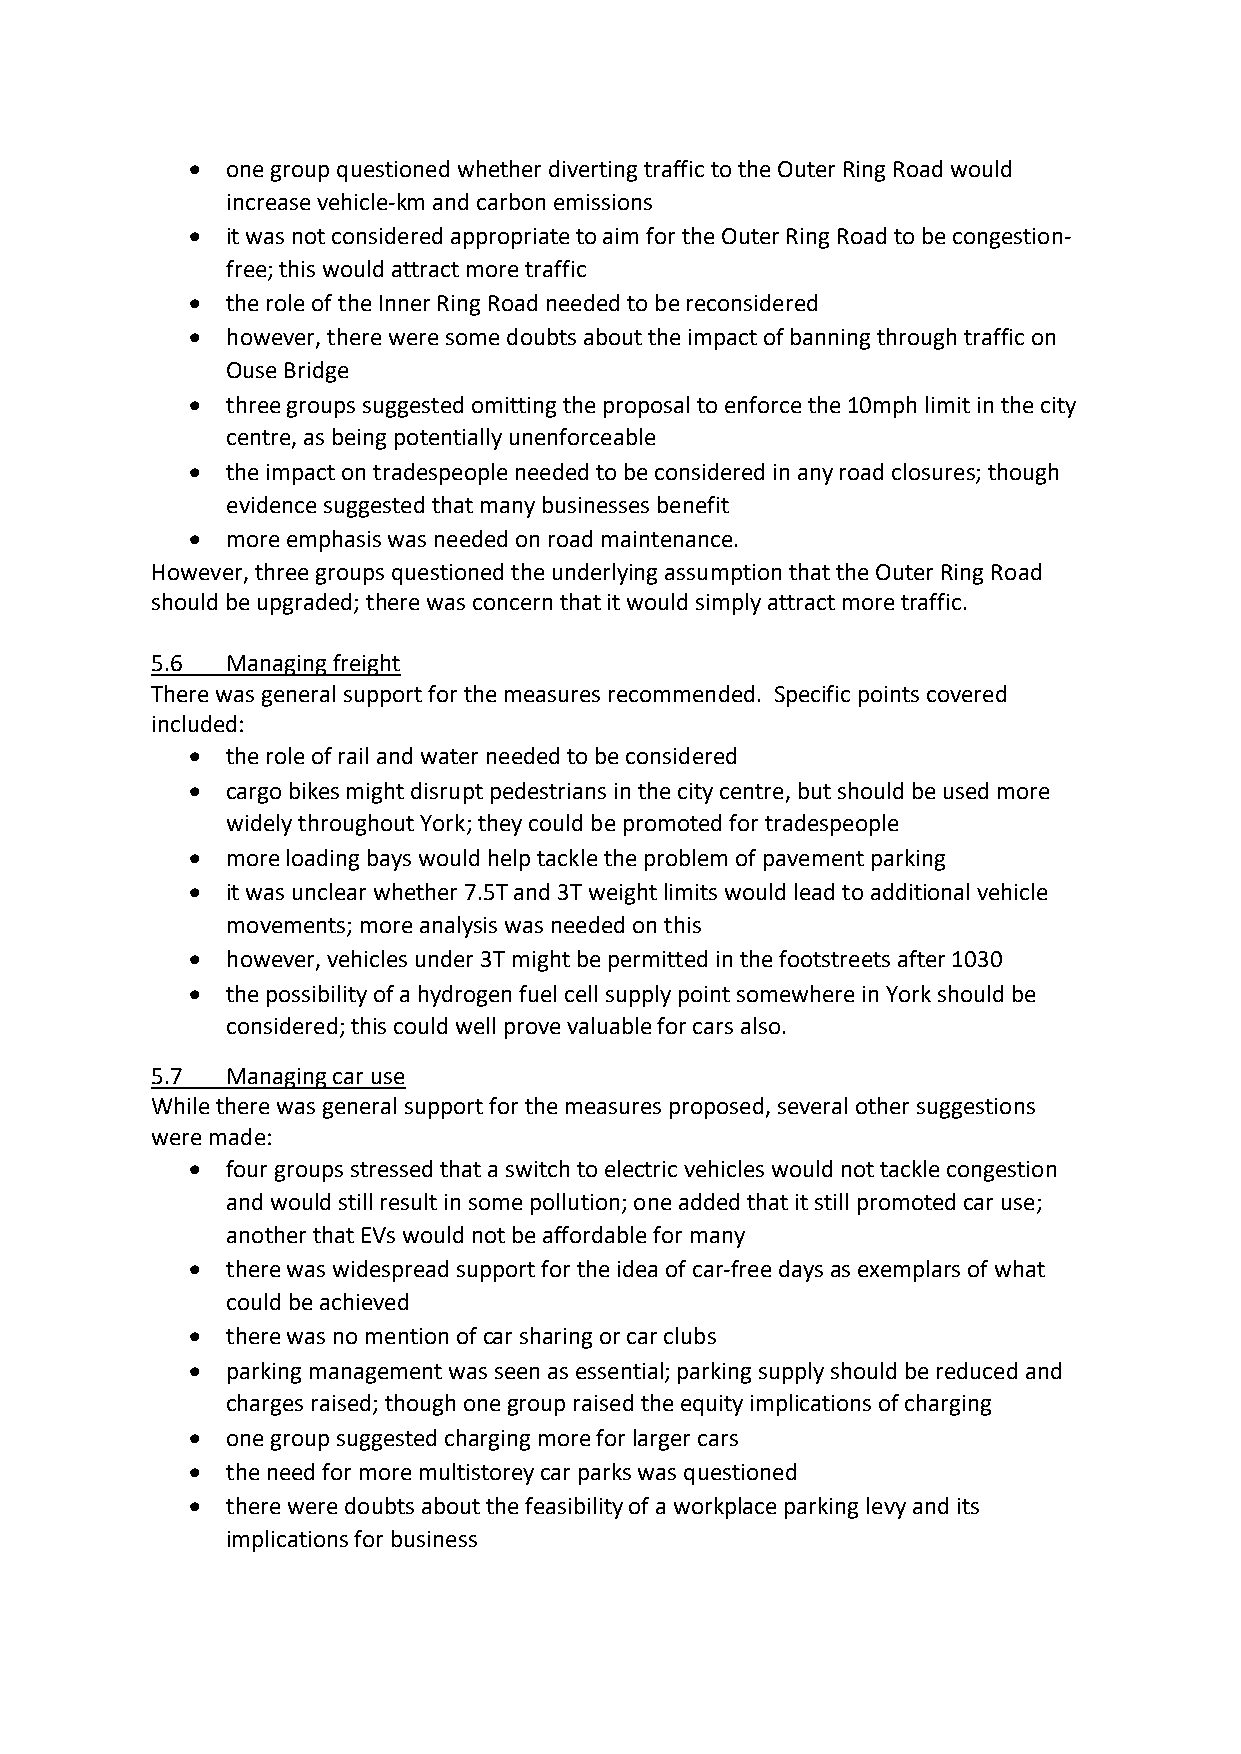
•  one group questioned whether diverting traffic to the Outer Ring Road would
 increase vehicle-km and carbon emissions
 •  it was not considered appropriate to aim for the Outer Ring Road to be congestion-
 free; this would attract more traffic
 •  the role of the Inner Ring Road needed to be reconsidered
 •  however, there were some doubts about the impact of banning through traffic on
 Ouse Bridge
 •  three groups suggested omitting the proposal to enforce the 10mph limit in the city
 centre, as being potentially unenforceable
 •  the impact on tradespeople needed to be considered in any road closures; though
 evidence suggested that many businesses benefit
 •  more emphasis was needed on road maintenance.
 However, three groups questioned the underlying assumption that the Outer Ring Road
 should be upgraded; there was concern that it would simply attract more traffic.
 5.6  Managing freight
 There was general support for the measures recommended. Specific points covered
 included:
 •  the role of rail and water needed to be considered
 •  cargo bikes might disrupt pedestrians in the city centre, but should be used more
 widely throughout York; they could be promoted for tradespeople
 •  more loading bays would help tackle the problem of pavement parking
 •  it was unclear whether 7.5T and 3T weight limits would lead to additional vehicle
 movements; more analysis was needed on this
 •  however, vehicles under 3T might be permitted in the footstreets after 1030
 •  the possibility of a hydrogen fuel cell supply point somewhere in York should be
 considered; this could well prove valuable for cars also.
 5.7  Managing car use
 While there was general support for the measures proposed, several other suggestions
 were made:
 •  four groups stressed that a switch to electric vehicles would not tackle congestion
 and would still result in some pollution; one added that it still promoted car use;
 another that EVs would not be affordable for many
 •  there was widespread support for the idea of car-free days as exemplars of what
 could be achieved
 •  there was no mention of car sharing or car clubs
 •  parking management was seen as essential; parking supply should be reduced and
 charges raised; though one group raised the equity implications of charging
 •  one group suggested charging more for larger cars
 •  the need for more multistorey car parks was questioned
 •  there were doubts about the feasibility of a workplace parking levy and its
 implications for business